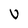
Character: V